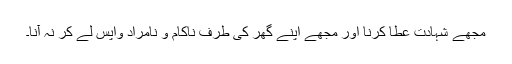
مجھے شہادت عطا کرنا اور مجھے اپنے گھر کی طرف ناکام و نامراد واپس لے کر نہ آنا۔